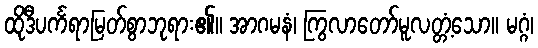
ထိုဒီပင်္ကရာမြတ်စွာဘုရား၏။ အာဂမနံ၊ ကြွလာတော်မူလတ္တံ့သော။ မဂ္ဂံ၊